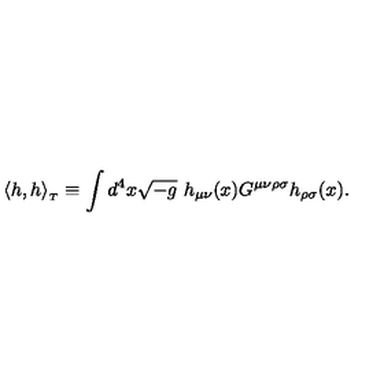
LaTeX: \langle h , h \rangle _ { _ T } \equiv \int d ^ { 4 } x \sqrt { - g } \ h _ { \mu \nu } ( x ) G ^ { \mu \nu \rho \sigma } h _ { \rho \sigma } ( x ) .